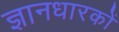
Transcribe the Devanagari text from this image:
ज्ञानधारकों